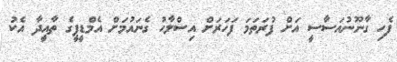
ފެހި ގާނޫނުއަސާސީ އަށް ފުރަތަމަ ފަހަރަށް އިސްލާހު ގެނައުމަށް އެމްޑީޕީގެ ތާއީދާ އެކު